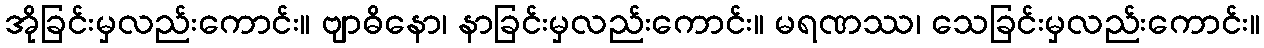
အိုခြင်းမှလည်းကောင်း။ ဗျာဓိနော၊ နာခြင်းမှလည်းကောင်း။ မရဏဿ၊ သေခြင်းမှလည်းကောင်း။